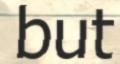
but